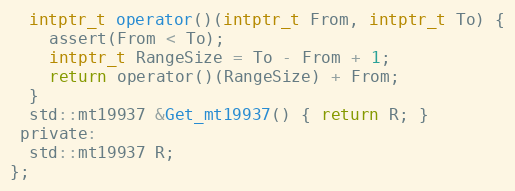
Language: C
  intptr_t operator()(intptr_t From, intptr_t To) {
    assert(From < To);
    intptr_t RangeSize = To - From + 1;
    return operator()(RangeSize) + From;
  }
  std::mt19937 &Get_mt19937() { return R; }
 private:
  std::mt19937 R;
};